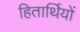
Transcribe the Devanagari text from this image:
हितार्थियों